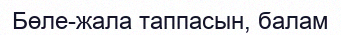
Бөле-жала таппасын, балам